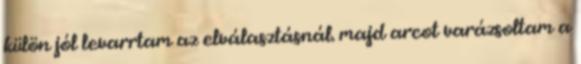
külön jól levarrtam az elválasztásnál. majd arcot varázsoltam a